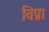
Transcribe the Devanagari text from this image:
विप्रा